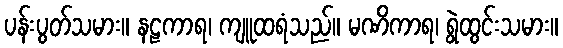
ပန်းပွတ်သမား။ နဠကာရ၊ ကျူထရံသည်။ မဏိကာရ၊ ရွဲထွင်းသမား။